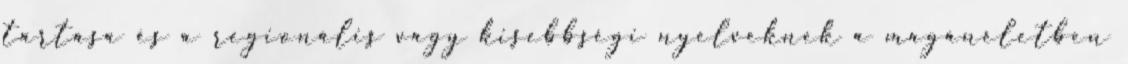
tartása és a regionális vagy kisebbségi nyelveknek a magánéletben